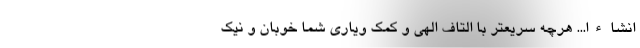
انشاءا...‌‌ هرچه سریعتر با التاف الهی و کمک ویاری شما خوبان و نیک